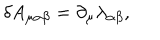
\delta A _ { \mu \alpha \beta } = \partial _ { \mu } \lambda _ { \alpha \beta } ,